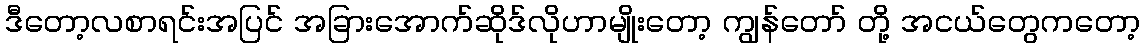
ဒီတော့လစာရင်းအပြင် အခြားအောက်ဆိုဒ်လိုဟာမျိုးတော့ ကျွန်တော် တို့ အငယ်တွေကတော့